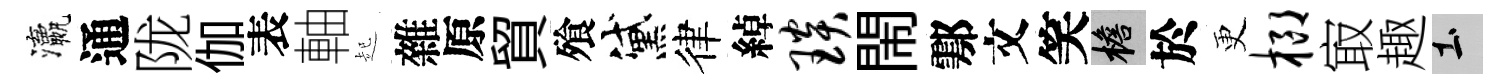
瀛通陇伽表軸起雜原貿飱黛律綽琰閙鄠文笑檐於更榔㝡趣土